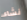
نشاء